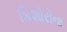
કિશોરોના